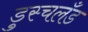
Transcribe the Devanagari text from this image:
डुस्चलँड